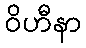
ဝိဟီနာ